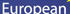
European